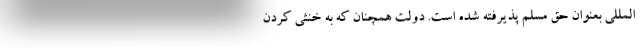
المللی بعنوان حق مسلم پذیرفته شده است. دولت همچنان که به خنثی کردن